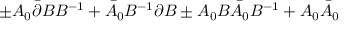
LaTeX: \pm A _ { 0 } \bar { \partial } B B ^ { - 1 } + \bar { A } _ { 0 } B ^ { - 1 } \partial B \pm A _ { 0 } B \bar { A } _ { 0 } B ^ { - 1 } + A _ { 0 } \bar { A } _ { 0 }